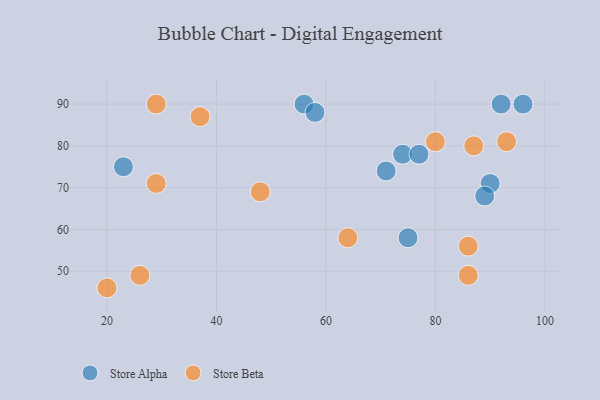
{"axis": {"x": "GDP", "y": "Life Expectancy"}, "legend": ["Store Alpha", "Store Beta"], "data": [{"x": "56", "y": 90, "type": "Store Alpha"}, {"x": "71", "y": 74, "type": "Store Alpha"}, {"x": "90", "y": 71, "type": "Store Alpha"}, {"x": "23", "y": 75, "type": "Store Alpha"}, {"x": "74", "y": 78, "type": "Store Alpha"}, {"x": "58", "y": 88, "type": "Store Alpha"}, {"x": "75", "y": 58, "type": "Store Alpha"}, {"x": "89", "y": 68, "type": "Store Alpha"}, {"x": "92", "y": 90, "type": "Store Alpha"}, {"x": "96", "y": 90, "type": "Store Alpha"}, {"x": "77", "y": 78, "type": "Store Alpha"}, {"x": "48", "y": 69, "type": "Store Beta"}, {"x": "29", "y": 90, "type": "Store Beta"}, {"x": "93", "y": 81, "type": "Store Beta"}, {"x": "20", "y": 46, "type": "Store Beta"}, {"x": "86", "y": 56, "type": "Store Beta"}, {"x": "86", "y": 49, "type": "Store Beta"}, {"x": "26", "y": 49, "type": "Store Beta"}, {"x": "37", "y": 87, "type": "Store Beta"}, {"x": "29", "y": 71, "type": "Store Beta"}, {"x": "64", "y": 58, "type": "Store Beta"}, {"x": "87", "y": 80, "type": "Store Beta"}, {"x": "80", "y": 81, "type": "Store Beta"}]}